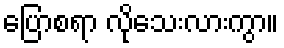
ပြောစရာ လိုသေးလားကွာ။